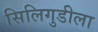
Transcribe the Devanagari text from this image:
सिलिगुडीला